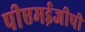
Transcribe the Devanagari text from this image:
पीएमईजीपी